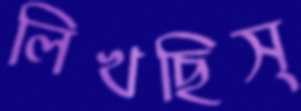
লিখছিস্